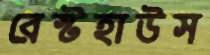
রেস্টহাউস